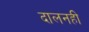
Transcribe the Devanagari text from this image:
दालनही